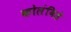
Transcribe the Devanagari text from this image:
कोलंबिडे